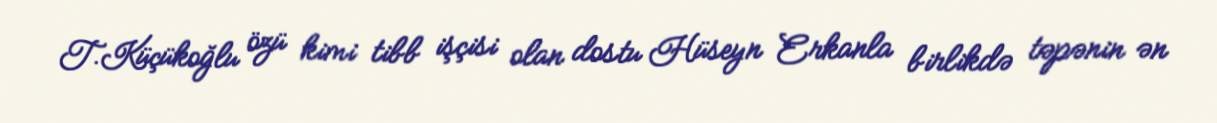
T.Küçükoğlu özü kimi tibb işçisi olan dostu Hüseyn Erkanla birlikdə təpənin ən